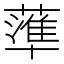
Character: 𱾫